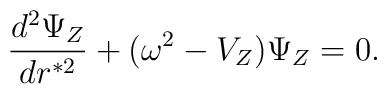
{d^2 \Psi_Z \over d r^{*2} } + (\omega^2 -  V_Z) \Psi_Z = 0.